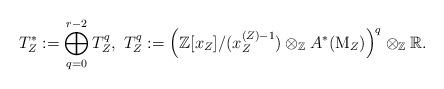
LaTeX: \begin{align*}T^*_Z:=\bigoplus_{q=0}^{r-2} T^q_Z, \ T^q_Z:=\Big(\mathbb{Z}[x_Z]/(x_Z^{(Z)-1}) \otimes_\mathbb{Z} A^*(\mathrm{M}_Z)\Big)^q \otimes_\mathbb{Z} \mathbb{R}.\end{align*}